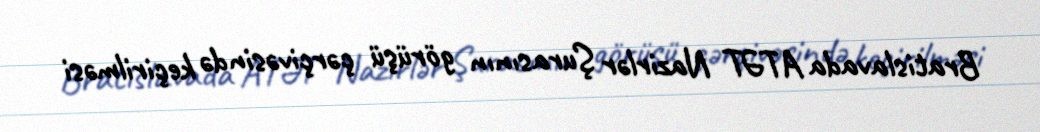
Bratislavada ATƏT Nazirlər Şurasının görüşü çərçivəsində keçirilməsi